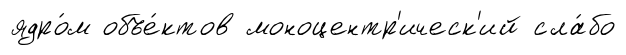
ядро́м объе́ктов моноцентр'ическ'ий сла́бо